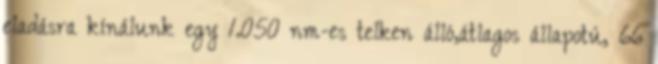
eladásra kínálunk egy 1.050 nm-es telken álló,átlagos állapotú, 66